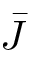
\bar { J }